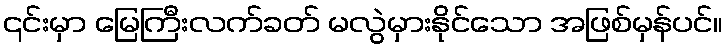
၎င်းမှာ မြေကြီးလက်ခတ် မလွဲမှားနိုင်သော အဖြစ်မှန်ပင်။